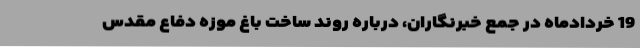
19 خردادماه در جمع خبرنگاران، درباره روند ساخت باغ موزه دفاع مقدس